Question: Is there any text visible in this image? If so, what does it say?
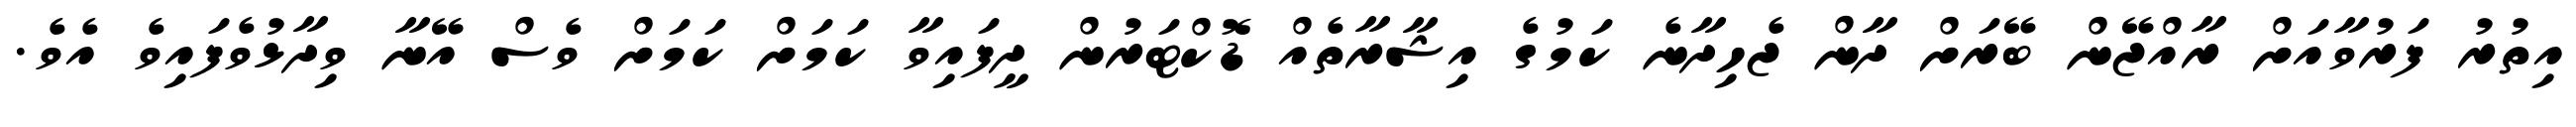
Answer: އިތުރު ފަރުވާއަށް ރާއްޖޭން ބޭރަށް ދާން ޖެހިދާނެ ކަމުގެ އިޝާރާތެއް ޑޮކްޓަރުން ދީފައިވާ ކަމަށް ކަމަށް ވެސް އޭނާ ވިދާޅުވެފައިވެ އެވެ.